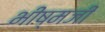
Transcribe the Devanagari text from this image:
भीष्मजी